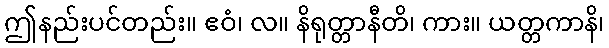
ဤနည်းပင်တည်း။ ဧဝံ၊ လ။ နိရုတ္တာနီတိ၊ ကား။ ယတ္တကာနိ၊